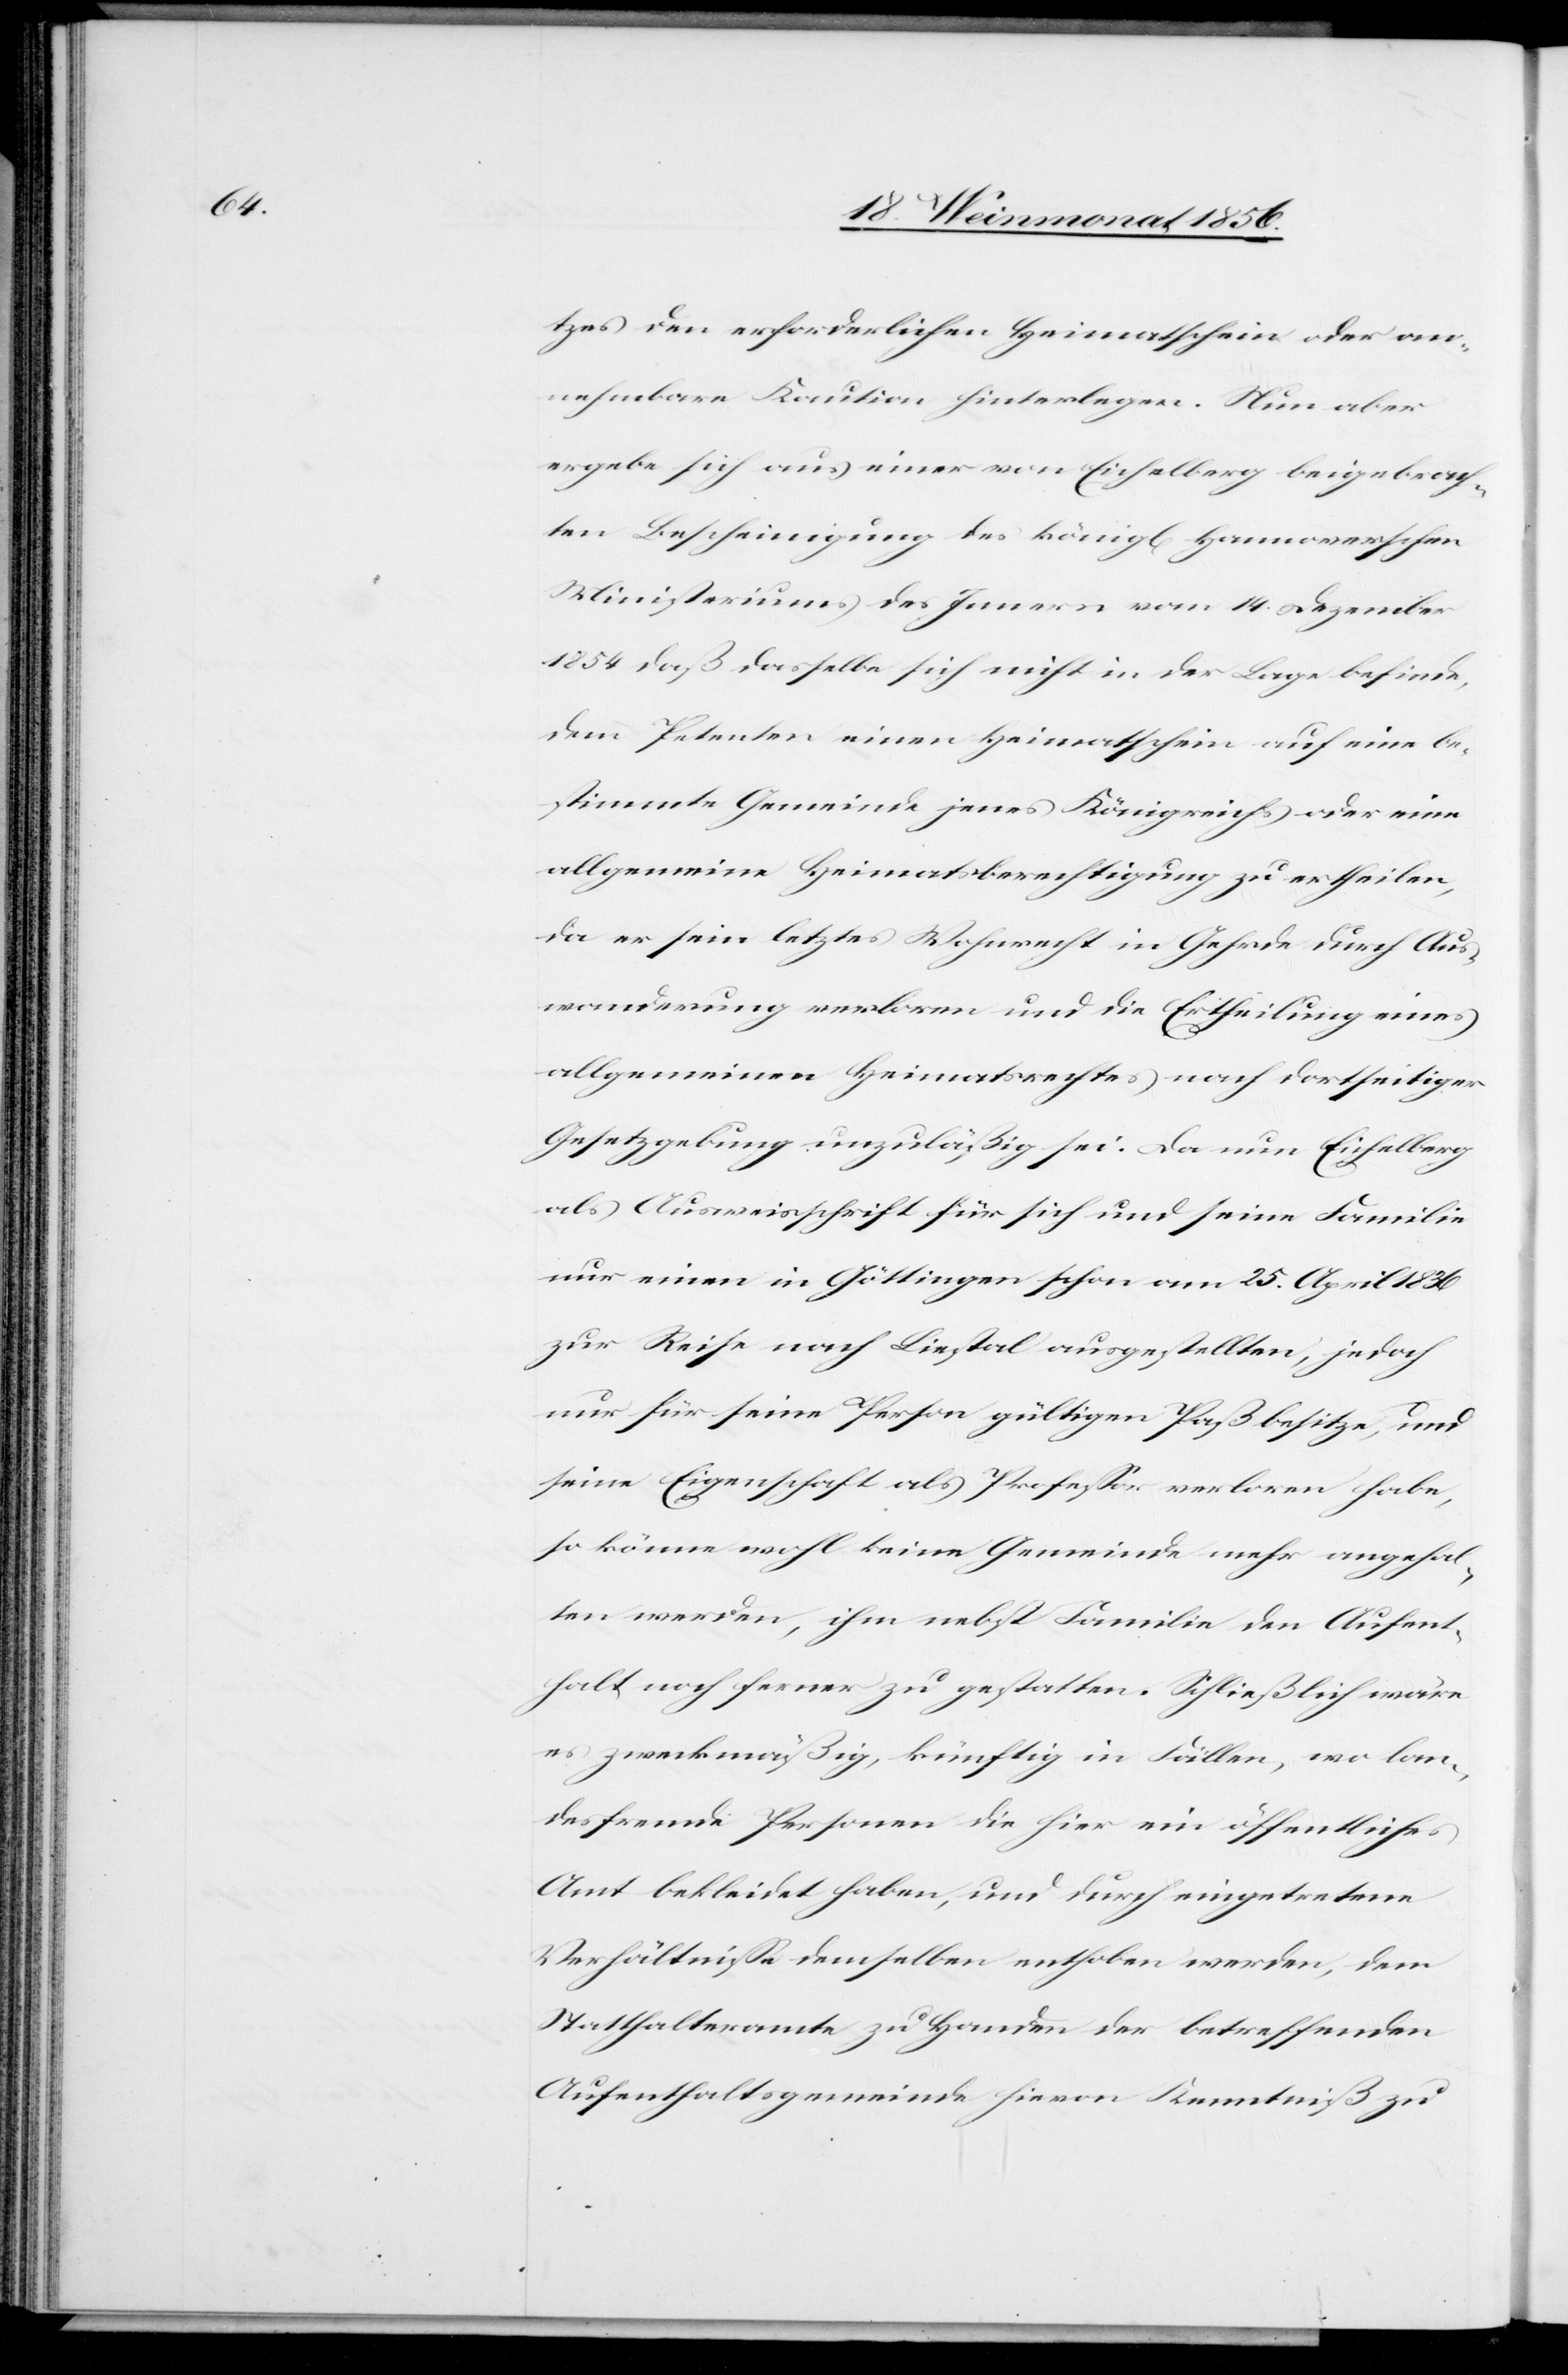
tzes den erforderlichen Heimatschein oder an¬
nehmbare Kaution hinterlegen. Nun aber
ergebe sich aus einer von Eichelberg beigebrach¬
ten Bescheinigung des königl[ichen] Hannoverschen
Ministeriums des Innern vom 14. Dezember
1854 daß dasselbe sich nicht in der Lage befinde,
dem Petenten einen Heimatschein auf eine be¬
stimmte Gemeinde jenes Königreichs oder eine
allgemeine Heimatsberechtigung zu ertheilen,
da er sein letztes Wohnrecht in Gehrde durch Aus¬
wanderung verloren und die Ertheilung eines
allgemeinen Heimatrechtes nach dortseitiger
Gesetzgebung unzuläßig sei. Da nun Eichelberg
als Ausweisschrift für sich und seine Familie
nur einen in Göttingen schon am 25. April 1836
zur Reise nach Liestal ausgestellten, jedoch
nur für seine Person gültigen Paß besitze, und
seine Eigenschaft als Professor verloren habe,
so könne wohl keine Gemeinde mehr angehal¬
ten werden, ihm nebst Familie den Aufent¬
halt noch ferner zu gestatten. Schließlich wäre
es zweckmäßig, künftig in Fällen, wo lan¬
desfremde Personen die hier ein öffentliches
Amt bekleidet haben, und durch eingetretene
Verhältnisse demselben enthoben werden, dem
Statthalteramte zu Handen der betreffenden
Aufenthaltsgemeinde hievon Kenntniß zu